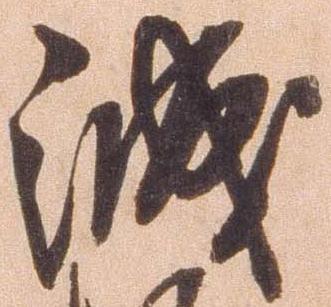
誠